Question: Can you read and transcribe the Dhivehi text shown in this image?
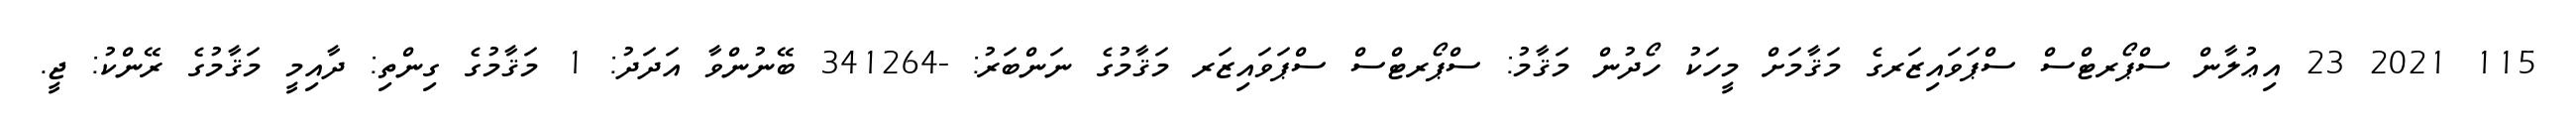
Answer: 115 2021 23 އިޢުލާން ސްޕޯރޓްސް ސްޕަވައިޒަރގެ މަޤާމަށް މީހަކު ހޯދުން މަޤާމު: ސްޕޯރޓްސް ސްޕަވައިޒަރ މަޤާމުގެ ނަންބަރު: -341264 ބޭނުންވާ އަދަދު: 1 މަޤާމުގެ ގިންތި: ދާއިމީ މަޤާމުގެ ރޭންކު: ޖީ.